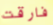
فارقت